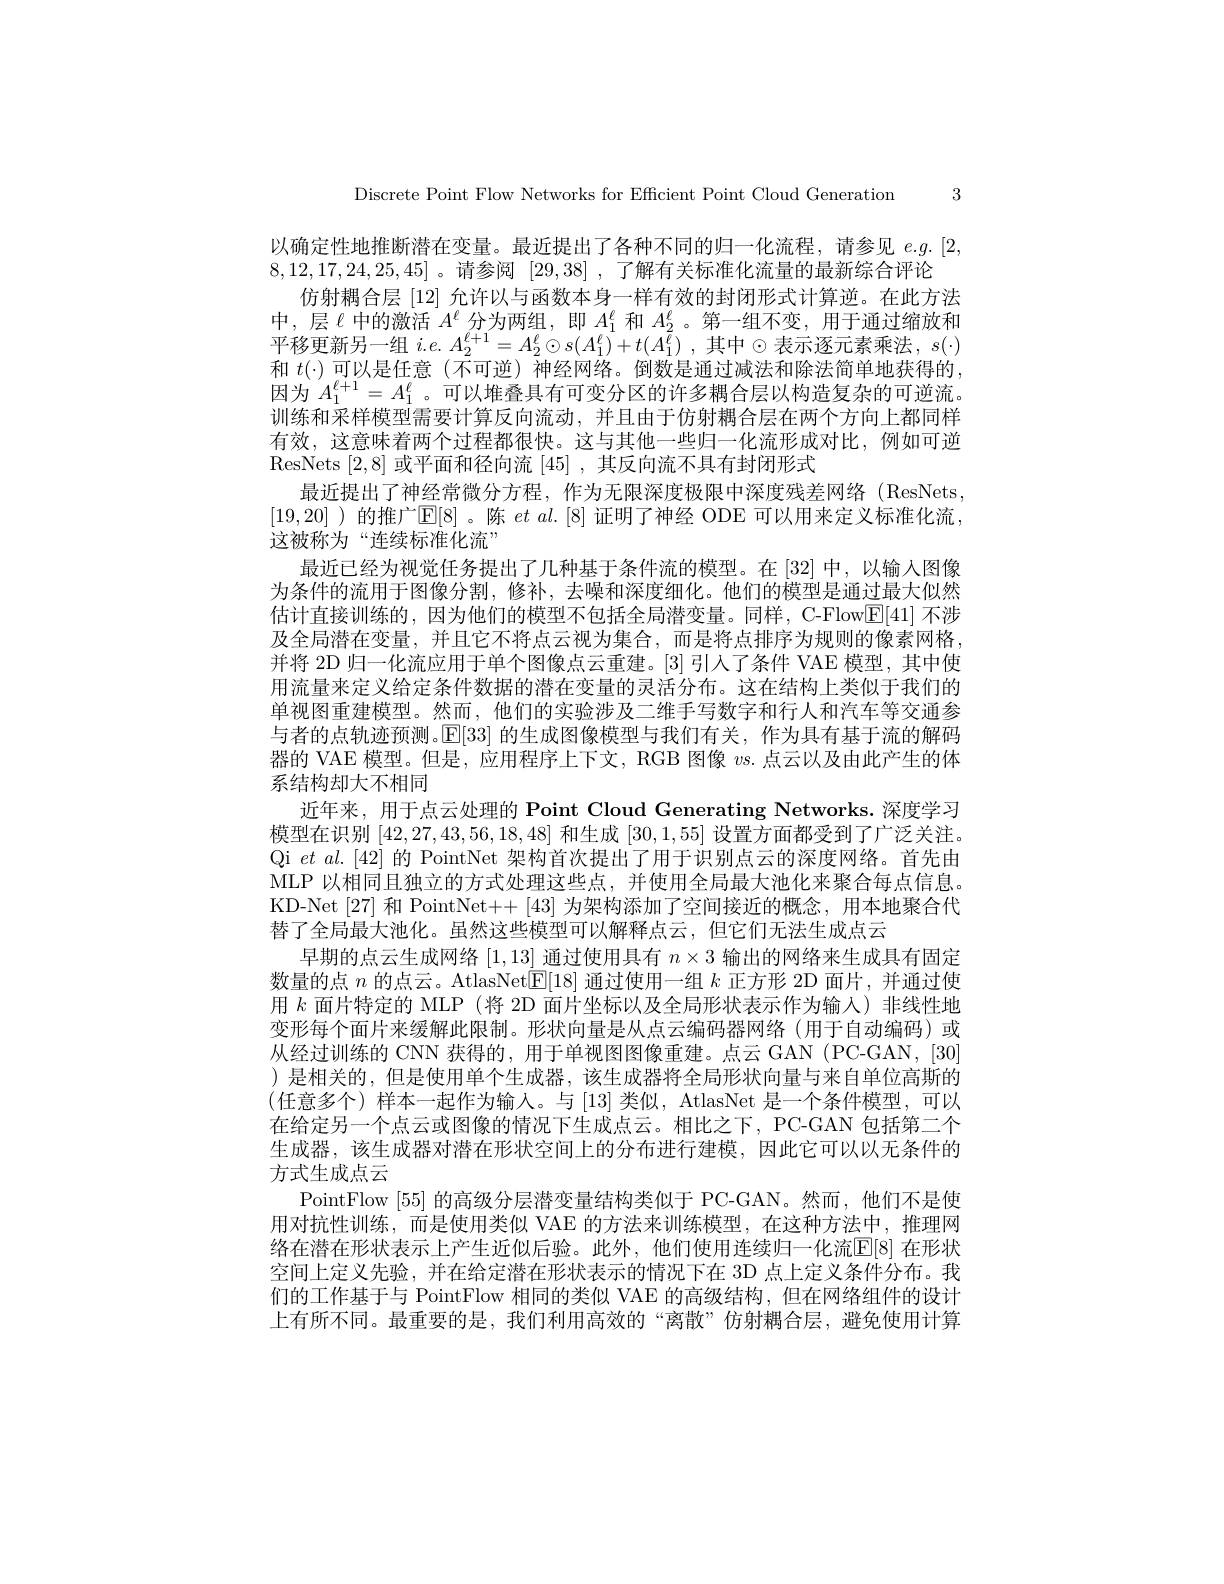
Discrete Point Flow Networks for Efficient Point Cloud Generation 3

以确定性地推断潜在变量。最近提出了各种不同的归一化流程，请参见$e.g.[2,4]$
8,12,17,24,25,45] 。请参阅[29,38] ,了解有关标准化流量的最新综合评论
仿射耦合层[12]允许以与函数本身一样有效的封闭形式计算逆。在此方法中，层$\ell$中的激活$A^\ell$分为两组，即$A_1^\ell$和$A_2^\ell$。第一组不变，用于通过缩放和平移更新另一组 $i.e.A_2^{\ell+1}=A_2^\ell\odot s(A_1^\ell)+t(A_1^\ell)$ ,其中$\odot$表示逐元素乘法 $,s(\cdot)$ 和$t(\cdot)$可以是任意 (不可逆) 神经网络。倒数是通过减法和除法简单地获得的， 因为$A_1^{\ell+1}=A_1^\ell$。可以堆叠具有可变分区的许多耦合层以构造复杂的可逆流。训练和采样模型需要计算反向流动，并且由于仿射耦合层在两个方向上都同样有效，这意味着两个过程都很快。这与其他一些归一化流形成对比，例如可逆ResNets [2,8]或平面和径向流[45] ,其反向流不具有封闭形式
最近提出了神经常微分方程，作为无限深度极限中深度残差网络(ResNets, [19,20] )的推广$\mathbb{E}[8]$。陈 $etal.[8]$ 证明了神经 ODE 可以用来定义标准化流， 这被称为“连续标准化流”
最近已经为视觉任务提出了几种基于条件流的模型。在[32]中，以输入图像为条件的流用于图像分割，修补，去噪和深度细化。他们的模型是通过最大似然估计直接训练的，因为他们的模型不包括全局潜变量。同样，C-Flow[E[41] 不涉及全局潜在变量，并且它不将点云视为集合，而是将点排序为规则的像素网格， 并将 2D 归一化流应用于单个图像点云重建。[3] 引人了条件 VAE 模型，其中使用流量来定义给定条件数据的潜在变量的灵活分布。这在结构上类似于我们的单视图重建模型。然而，他们的实验涉及二维手写数字和行人和汽车等交通参与者的点轨迹预测。$\mathbb{E}|$33|的生成图像模型与我们有关，作为具有基于流的解码器的 VAE 模型。但是，应用程序上下文，RGB 图像$vs.$点云以及由此产生的体系结构却大不相同
近年来，用于点云处理的 Point Cloud Generating Networks.深度学习模型在识别[42,27,43,56,18,48]和生成[30,1,55]设置方面都受到了广泛关注。Qi $et$ al.[42]的 PointNet 架构首次提出了用于识别点云的深度网络。首先由MLP 以相同且独立的方式处理这些点，并使用全局最大池化来聚合每点信息。KD-Net[27] 和 PointNet++[43] 为架构添加了空间接近的概念，用本地聚合代替了全局最大池化。虽然这些模型可以解释点云，但它们无法生成点云
早期的点云生成网络[1,13]通过使用具有$n\times3$输出的网络来生成具有固定数量的点$n$的点云。AtlasNet$\boxed{\mathbb{E}}[18]$通过使用一组$k$正方形 2D 面片，并通过使用$k$面片特定的 MLP (将 2D 面片坐标以及全局形状表示作为输入)非线性地变形每个面片来缓解此限制。形状向量是从点云编码器网络(用于自动编码)或从经过训练的 CNN 获得的，用于单视图图像重建。点云 GAN (PC-GAN,[30] )是相关的，但是使用单个生成器，该生成器将全局形状向量与来自单位高斯的(任意多个)样本一起作为输入。与 [13] 类似，AtlasNet 是一个条件模型，可以在给定另一个点云或图像的情况下生成点云。相比之下，PC-GAN 包括第二个生成器，该生成器对潜在形状空间上的分布进行建模，因此它可以以无条件的方式生成点云
PointFlow [55] 的高级分层潜变量结构类似于 PC-GAN。然而，他们不是使用对抗性训练，而是使用类似 VAE 的方法来训练模型，在这种方法中，推理网络在潜在形状表示上产生近似后验。此外，他们使用连续归一化流[E[8] 在形状空间上定义先验，并在给定潜在形状表示的情况下在 3D 点上定义条件分布。我们的工作基于与 PointFlow 相同的类似 VAE 的高级结构，但在网络组件的设计上有所不同。最重要的是，我们利用高效的“离散”仿射耦合层，避免使用计算